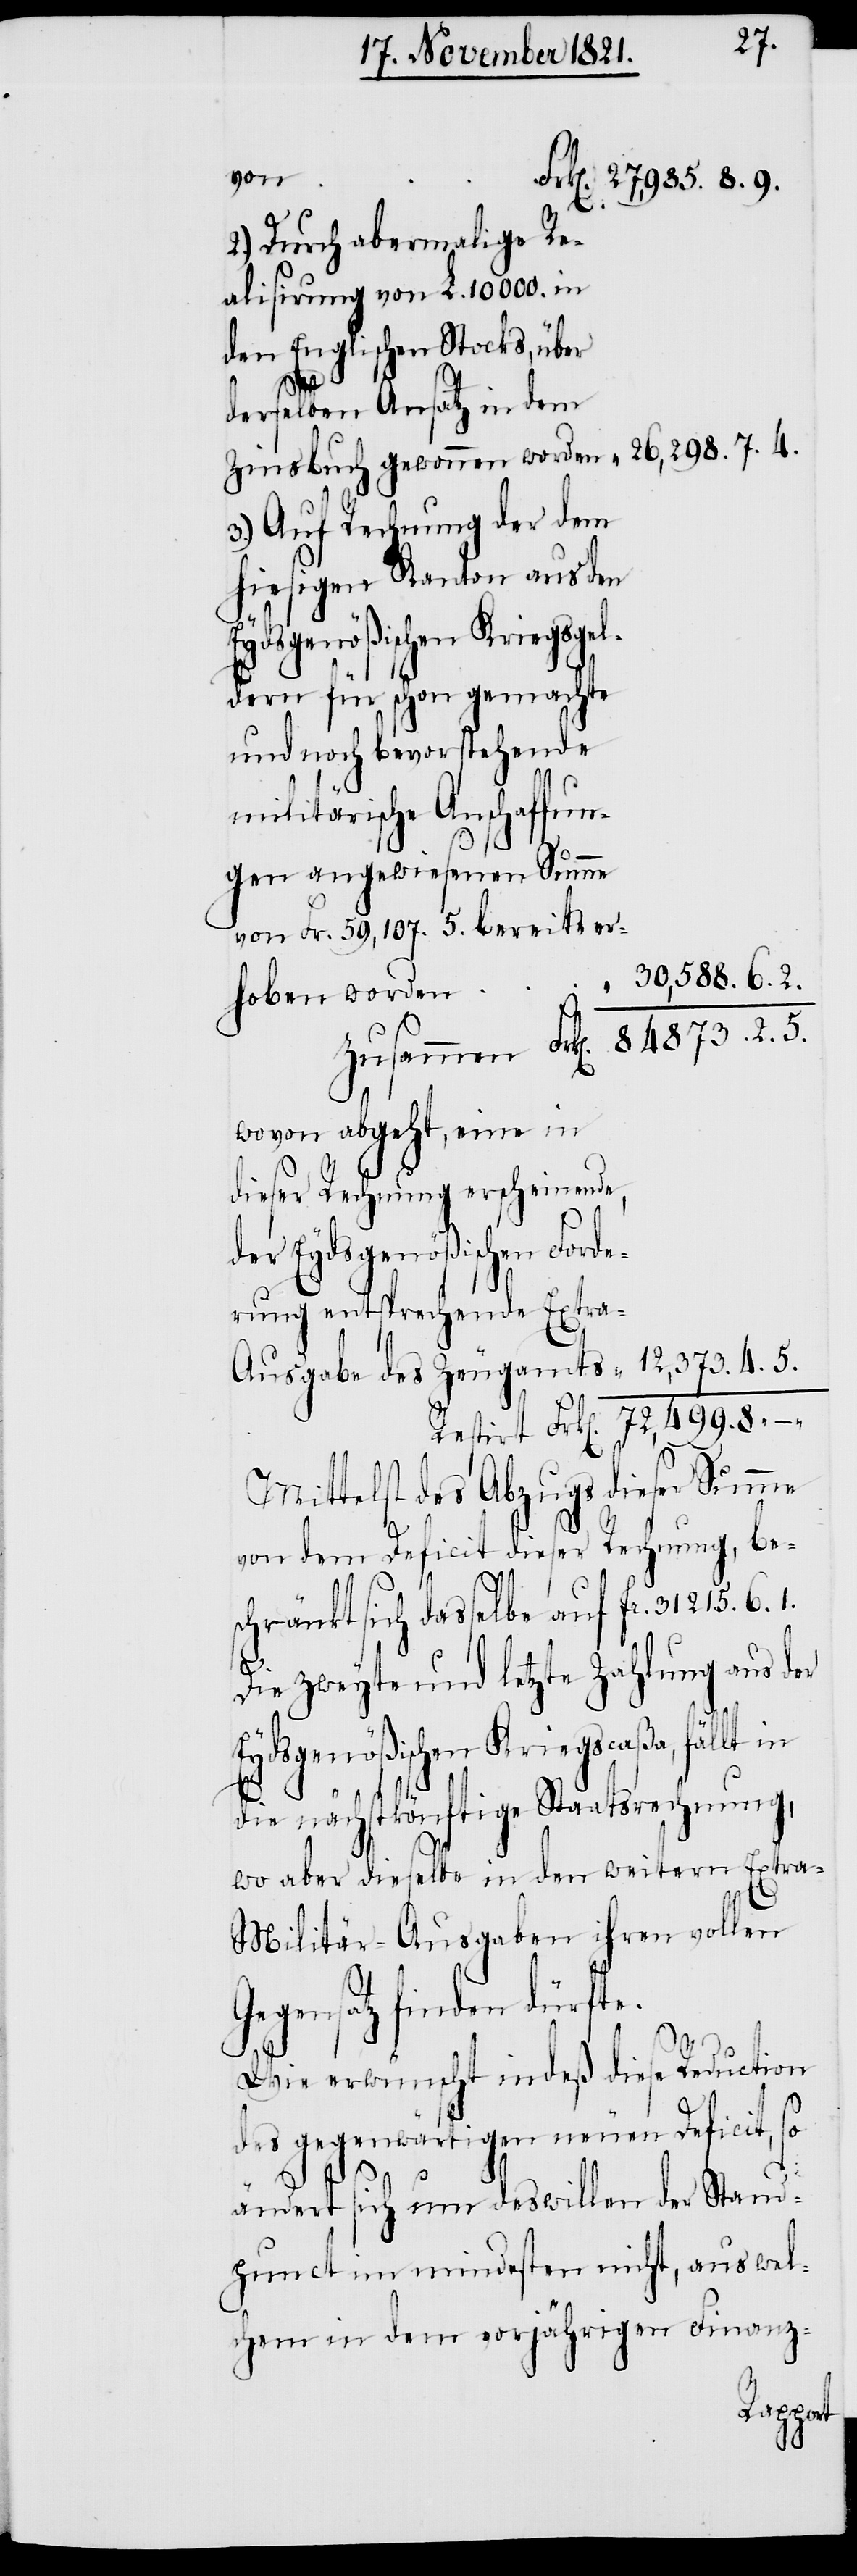
von
2.) Durch abermalige Re¬
alisirung von L. 10000. in
den Englischen Stocks, über
des
derselben Ansatz in dem
26,298.7.4.
Zinsbuch gewonnen worden
3.) Auf Rechnung der dem
hiesigen Kanton aus den
Eydsgenößischen Kriegsge¬
ldern für schon gemachte
und noch bevorstehende
militärische Anschaffun¬
gen angewiesenen Summe
von Fr. 59,107.5. bereits er¬
30,588.6.2.
hoben worden
wovon abgeht, eine in
dieser Rechnung erscheinende,
der Eydsgenößischen Forde¬
rung entsprechende Extra-A¬
Mittelst des Abzugs dieser Summe
von dem Deficit dieser Rechnung, be¬
schränkt sich dasselbe auf fr. 31215.6.1.
Die zweyte und letzte Zahlung aus der
Eydsgenößischen Kriegscaßa, fällt in
die nächstkönftige Staatsrechnung,
wo aber dieselbe in den weitern Extra-M¬
ilitär-Ausgaben ihren vollen
Gegensatz finden dürfte.
Wie erwünscht indeß diese Reduction
des gegenwärtigen neuen Deficit, so
ändert sich um deswillen der Stand¬
punct im mindesten nicht, aus wel¬
chem in dem vorjährigen Finanz-
Restirt